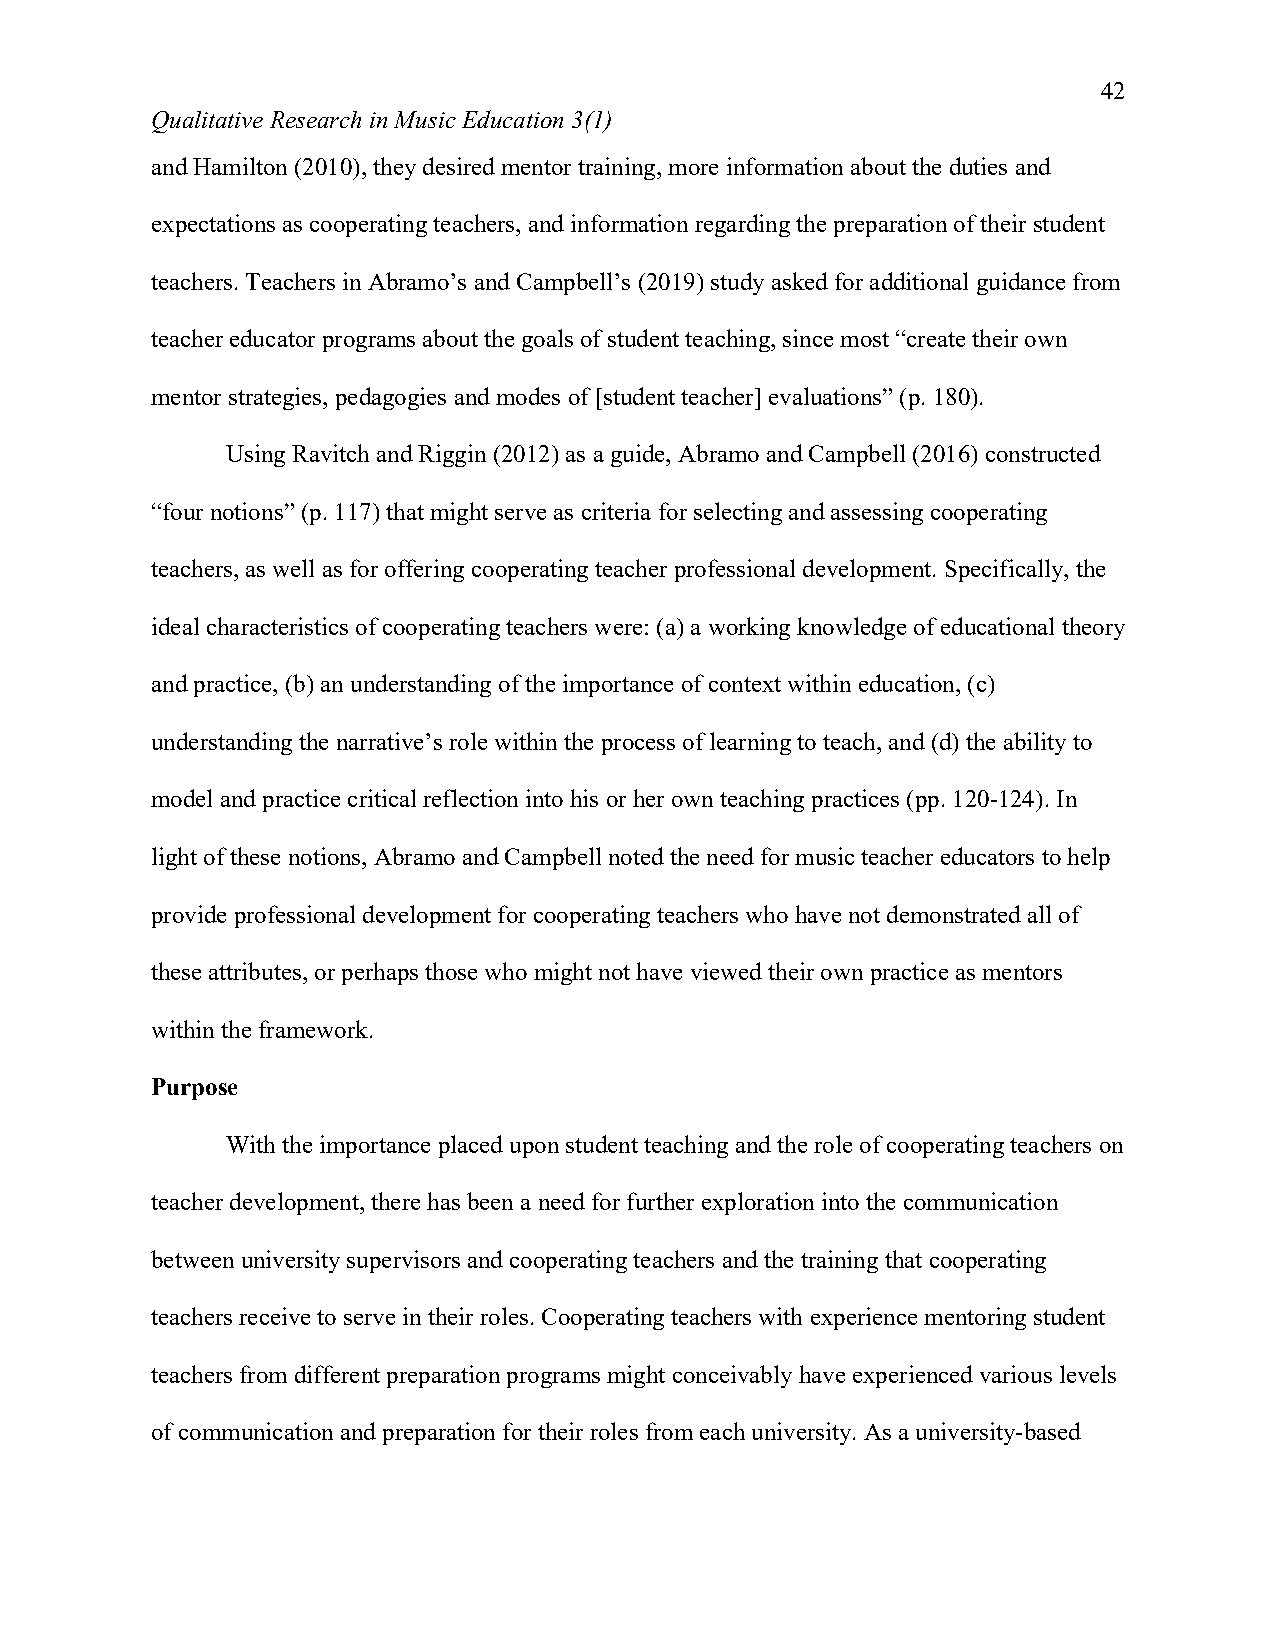
42
 Qualitative Research in Music Education 3(1)
 and Hamilton (2010), they desired mentor training, more information about the duties and
 expectations as cooperating teachers, and information regarding the preparation of their student
 teachers. Teachers in Abramo’s and Campbell’s (2019) study asked for additional guidance from
 teacher educator programs about the goals of student teaching, since most “create their own
 mentor strategies, pedagogies and modes of [student teacher] evaluations” (p. 180).
 Using Ravitch and Riggin (2012) as a guide, Abramo and Campbell (2016) constructed
 “four notions” (p. 117) that might serve as criteria for selecting and assessing cooperating
 teachers, as well as for offering cooperating teacher professional development. Specifically, the
 ideal characteristics of cooperating teachers were: (a) a working knowledge of educational theory
 and practice, (b) an understanding of the importance of context within education, (c)
 understanding the narrative’s role within the process of learning to teach, and (d) the ability to
 model and practice critical reflection into his or her own teaching practices (pp. 120-124). In
 light of these notions, Abramo and Campbell noted the need for music teacher educators to help
 provide professional development for cooperating teachers who have not demonstrated all of
 these attributes, or perhaps those who might not have viewed their own practice as mentors
 within the framework.
 Purpose
 With the importance placed upon student teaching and the role of cooperating teachers on
 teacher development, there has been a need for further exploration into the communication
 between university supervisors and cooperating teachers and the training that cooperating
 teachers receive to serve in their roles. Cooperating teachers with experience mentoring student
 teachers from different preparation programs might conceivably have experienced various levels
 of communication and preparation for their roles from each university. As a university-based